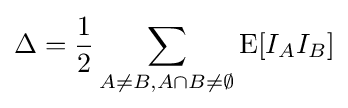
\Delta ={\frac {1}{2}}\sum _{A\neq B,A\cap B\neq \emptyset }\operatorname {E} [I_{A}I_{B}]